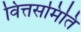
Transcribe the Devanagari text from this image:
वित्तसमिति